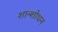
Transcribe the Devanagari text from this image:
शान्शोधन